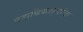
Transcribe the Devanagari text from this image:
पदाधिकार्‍यांचा